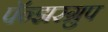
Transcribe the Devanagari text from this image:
पॅन्झरग्रुप